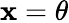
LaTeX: \mathbf{x}=\theta